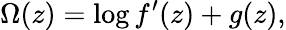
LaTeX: \Omega(z)=\log f^{\prime}(z)+g(z),